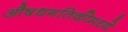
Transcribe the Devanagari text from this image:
औषधगतिकीमध्ये